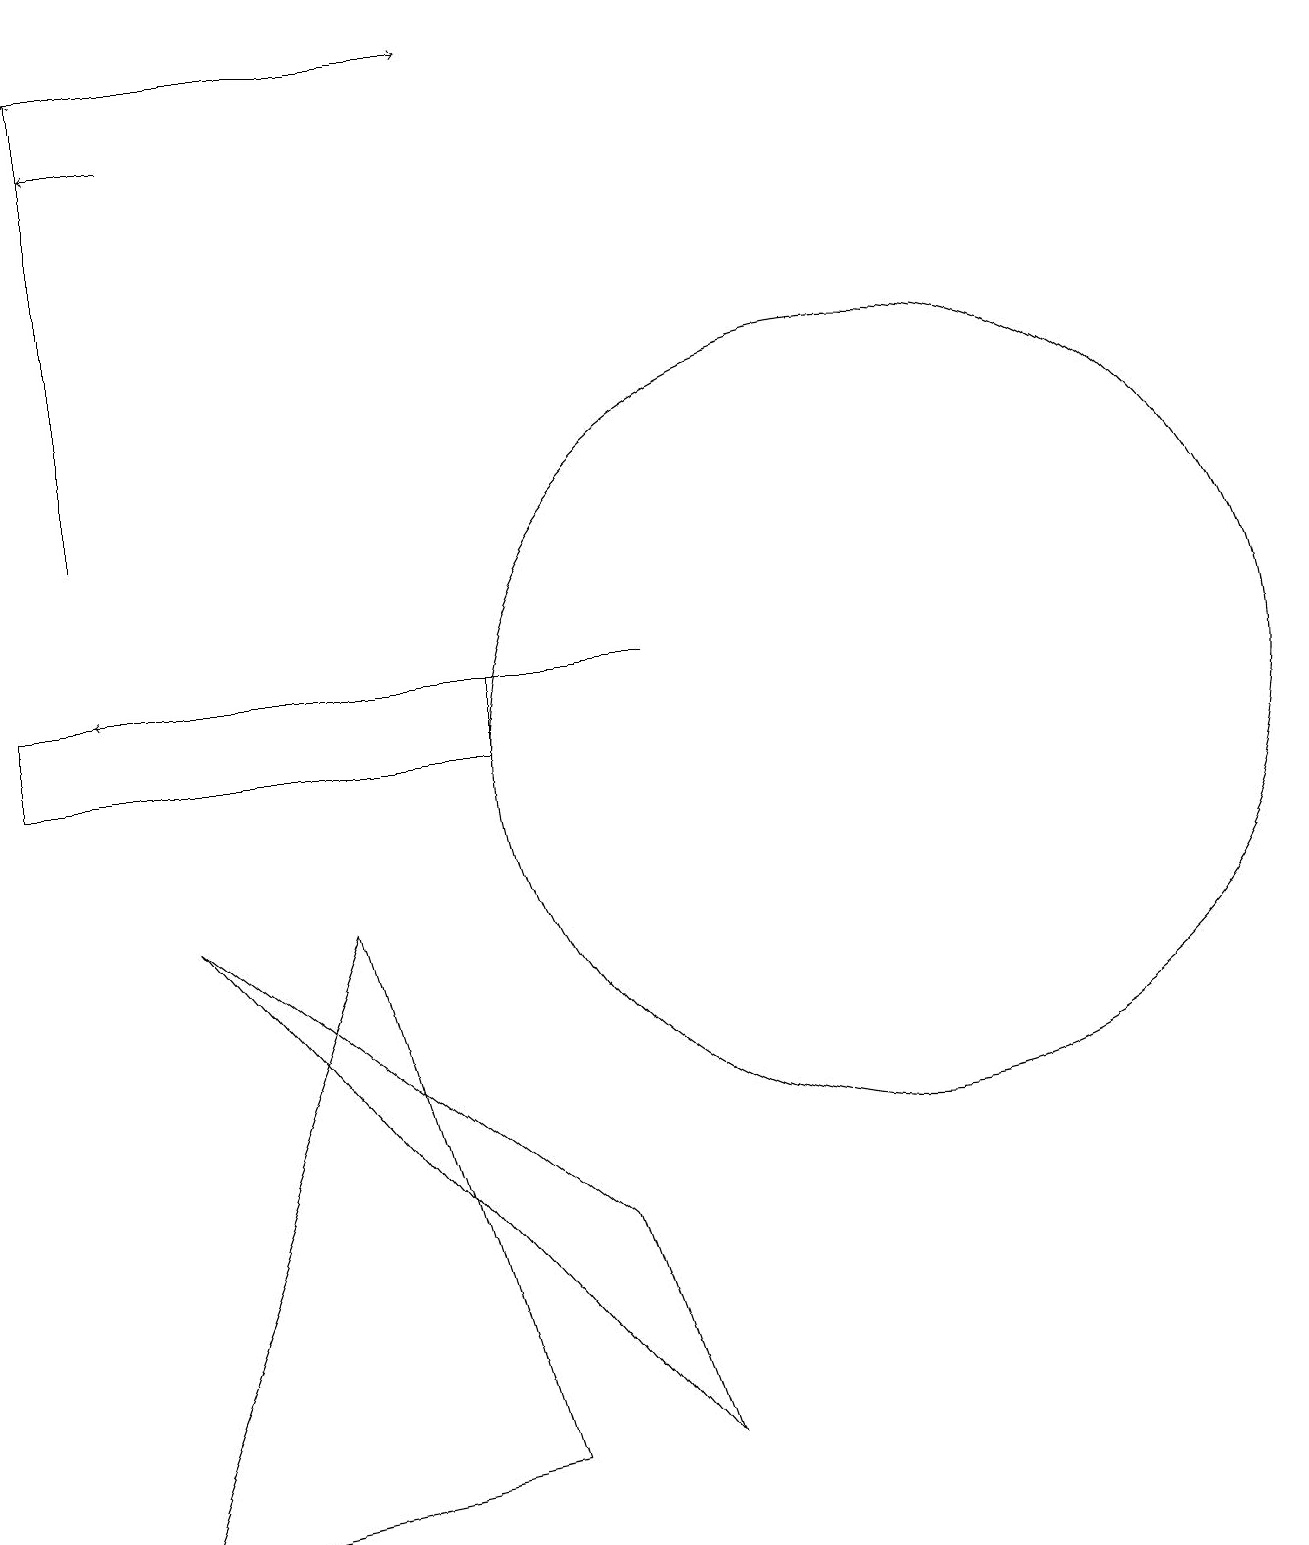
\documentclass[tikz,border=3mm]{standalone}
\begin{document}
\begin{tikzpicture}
\draw (12,10) circle (5);
\draw[->] (2,19) -- (7,19);
\draw[->] (2,13) -- (2,19);
\draw (5,8) -- (7,1) -- (2,0) -- cycle;
\draw[->] (9,11) -- (2,11);
\draw[->] (3,18) -- (2,18);
\draw (8,4) -- (9,1) -- (3,8) -- cycle;
\draw (7,10) rectangle (1,11);
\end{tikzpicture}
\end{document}